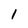
Character: 1